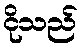
ငိုသည်